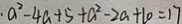
\cdot a ^ { 2 } - 4 a + 5 + a ^ { 2 } - 2 a + 1 0 = 1 7